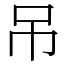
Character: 吊